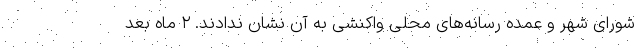
شورای شهر و عمده رسانه‌های محلی واکنشی به آن نشان ندادند. ۲ ماه بعد